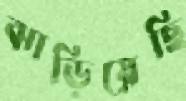
ঝাড়িয়েছি